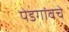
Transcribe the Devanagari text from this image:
पेडगांवचे